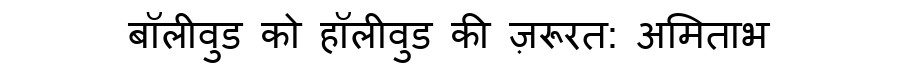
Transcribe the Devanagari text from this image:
बॉलीवुड को हॉलीवुड की ज़रूरत: अमिताभ